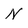
Character: N